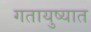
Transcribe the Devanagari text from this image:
गतायुष्यात